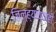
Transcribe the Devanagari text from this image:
जिल्ह्याच्याही